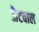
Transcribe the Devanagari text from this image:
ऊँटवाल